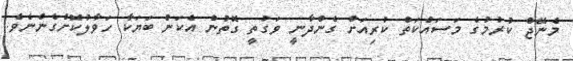
މެނޭޖް ކުރުމުގެ މަސައްކަތް ކުރިއަށް ގެންދާނީ ވަގުތީ ގޮތުން އެކަން ބަޔަކާ ހަވާލުކޮށްގެންނެވެ.